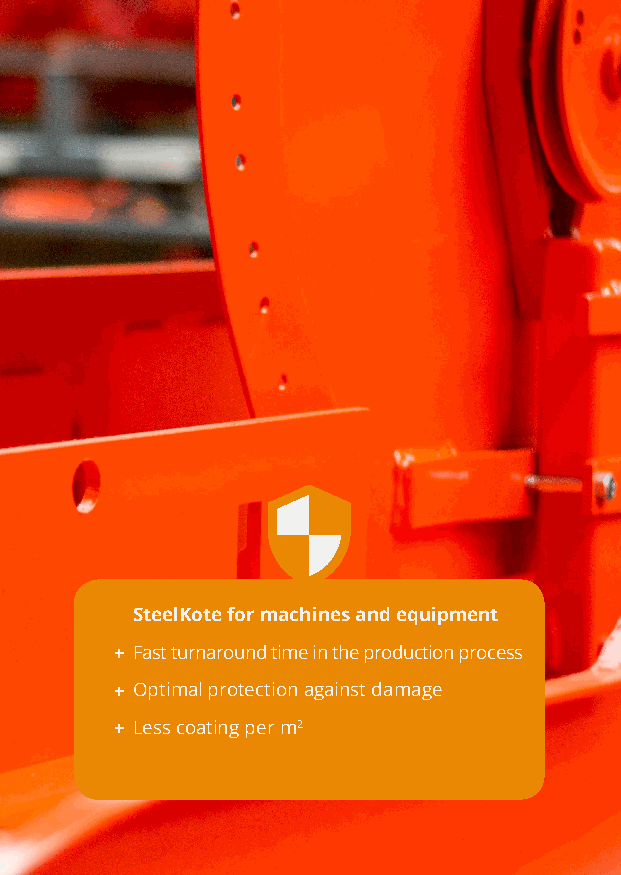
SteelKote
 SteelKote for machines and equipment
 + Fast turnaroudnesdi gtnimede tion ethned uprreoduction process
 + Optimal protection against damage
 + L ess coating per m2
 12 |